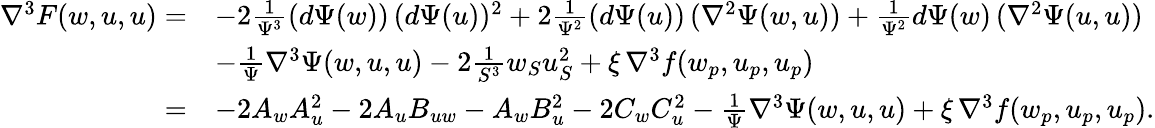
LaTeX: \begin{array}{rl}{\nabla^{3}F(w,u,u)=}&{-2\frac{1}{\Psi^{3}}(d\Psi(w))\, (d\Psi(u))^{2}+2\frac{1}{\Psi^{2}}(d\Psi(u))\, (\nabla^{2}\Psi(w,u))+\frac{1}{\Psi^{2}}d\Psi(w)\, (\nabla^{2}\Psi(u,u))}\\ &{-\frac{1}{\Psi}\nabla^{3}\Psi(w,u,u)-2\frac{1}{S^{3}}w_{S}u_{S}^{2}+\xi\, \nabla^{3}f(w_{p},u_{p},u_{p})}\\ {=}&{-2A_{w}A_{u}^{2}-2A_{u}B_{uw}-A_{w}B_{u}^{2}-2C_{w}C_{u}^{2}-\frac{1}{\Psi}\nabla^{3}\Psi(w,u,u)+\xi\, \nabla^{3}f(w_{p},u_{p},u_{p}).}\end{array}